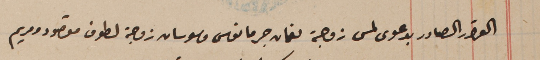
القرار الصادر بدعوى لمس زوجة نعمان جرمانوس وسوسان زوجة لطوف مقصود ومريم